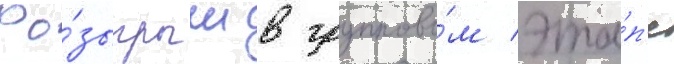
Ро́зыгрыш в группово́м эта́п'е